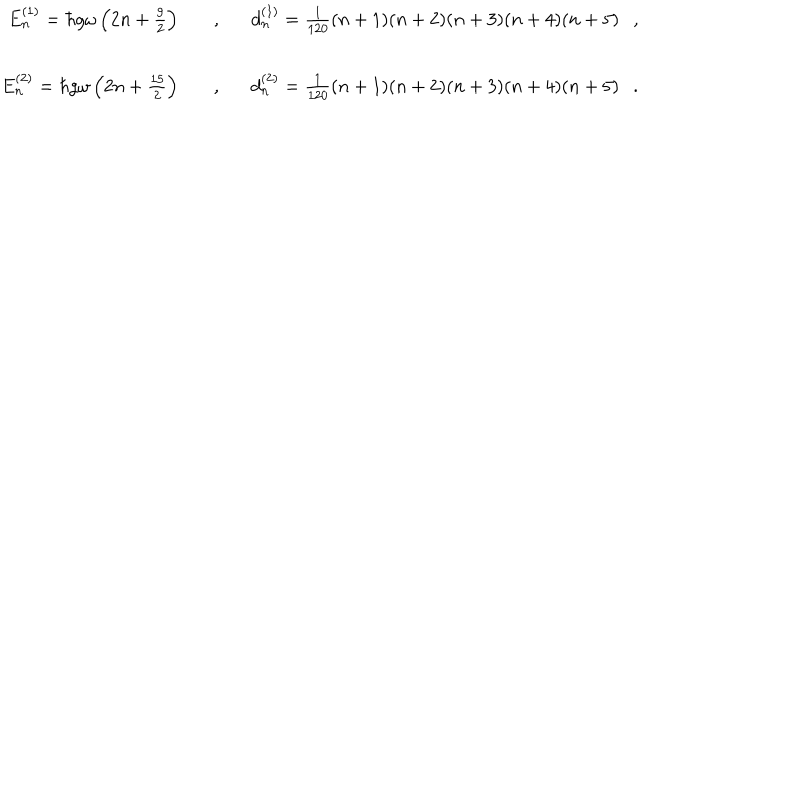
\begin{array} { r c l } { { E _ { n } ^ { ( 1 ) } = \hbar g \omega \left( 2 n + \frac { 9 } { 2 } \right) \ \ \ } } & { { , } } & { { \ \ \ d _ { n } ^ { ( 1 ) } = \frac { 1 } { 1 2 0 } ( n + 1 ) ( n + 2 ) ( n + 3 ) ( n + 4 ) ( n + 5 ) \ \ \ , } } \\ { { E _ { n } ^ { ( 2 ) } = \hbar g \omega \left( 2 n + \frac { 1 5 } { 2 } \right) \ \ \ } } & { { , } } & { { \ \ \ d _ { n } ^ { ( 2 ) } = \frac { 1 } { 1 2 0 } ( n + 1 ) ( n + 2 ) ( n + 3 ) ( n + 4 ) ( n + 5 ) \ \ \ . } } \\ \end{array}